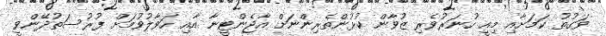
ވަގުތު ކަމަށާއި މިއީ ހުނަރުވެރި ޒުވާން ކުޅުންތެރިންނަށް އާޖެންޓީނާ އާއި ހަވާލުވުމަށް ފުރުސަތުދޭންވީ